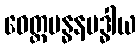
ဝေတ္တဗန္ဓနဗဒ္ဓါယ